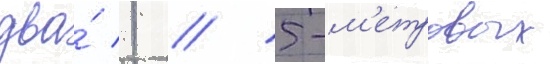
два́ 1 / 5-м'етровых